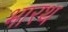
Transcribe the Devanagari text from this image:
भारथ